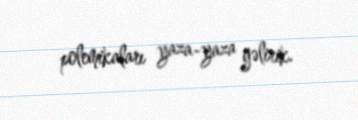
polemikaları yaza-yaza gəlirik.